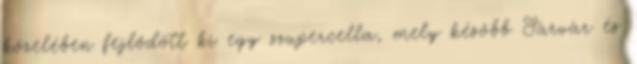
közelében fejlődött ki egy szupercella, mely később Sárvár és